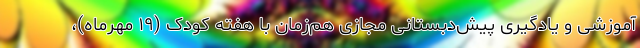
آموزشی و یادگیری پیش‌دبستانی مجازی هم‌زمان با هفته کودک (۱۹ مهرماه)،